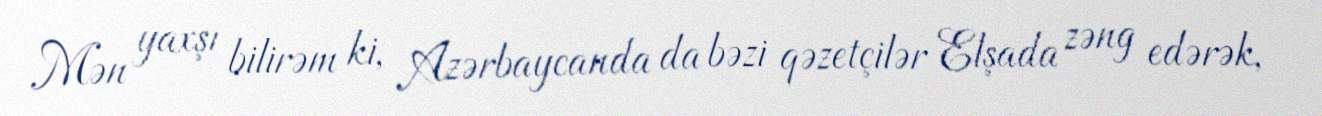
Mən yaxşı bilirəm ki, Azərbaycanda da bəzi qəzetçilər Elşada zəng edərək,